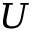
U